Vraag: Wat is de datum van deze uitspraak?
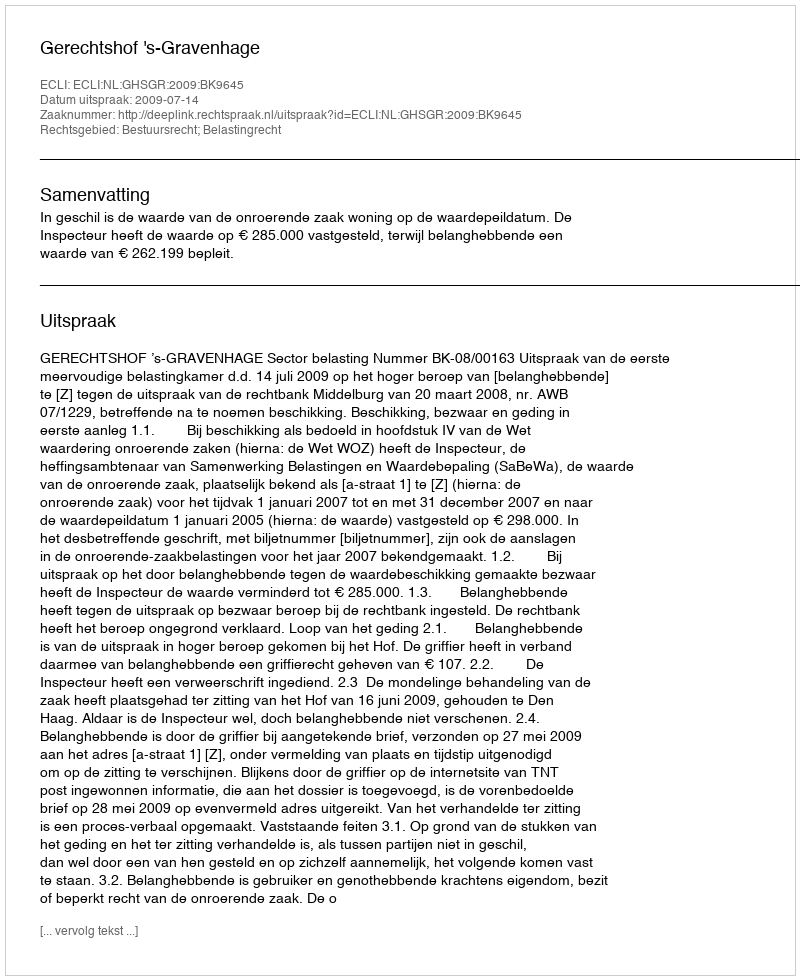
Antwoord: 2009-07-14